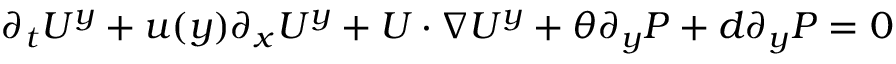
\begin{array} { r } { \partial _ { t } U ^ { y } + u ( y ) \partial _ { x } U ^ { y } + U \cdot \nabla U ^ { y } + \theta \partial _ { y } P + d \partial _ { y } P = 0 } \end{array}